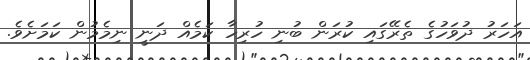
އަހަރު ދުވަހުގެ ތެރޭގައި ކުރަން ބުނި ހުރިހާ ކަމެއް ދަނީ ނިމެމުން ކަމަަށެވެ.